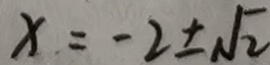
x = - 2 \pm \sqrt { 2 }